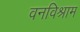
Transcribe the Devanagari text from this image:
वनविश्राम